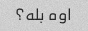
اوه بله؟